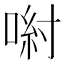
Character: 𠷵